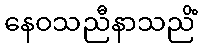
နေဝသညီနာသညိံ